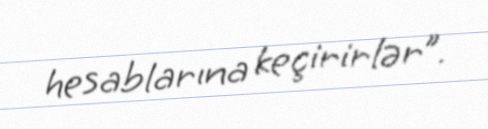
hesablarına keçirirlər”.